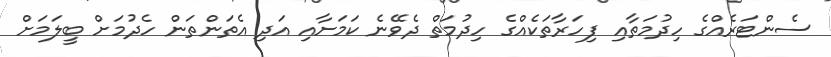
ސެންޓަރެއްގެ ހިދުމަތާއި ފިހަރާތަކެއްގެ ހިދުމަތް ދެވޭނެ ކަމަށާއި އަދި އެތަންތަން ހެދުމަށް ބީލަމަށް